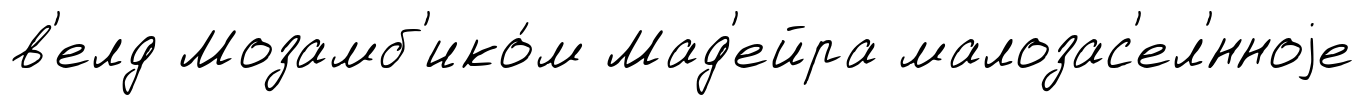
в'елд Мозамб'ико́м Мад'ейра малозас'ел'́нноjе